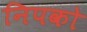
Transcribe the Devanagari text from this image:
निपको